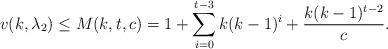
LaTeX: \begin{align*}v(k,\lambda_2) \leq M(k,t,c)=1+\sum_{i=0}^{t-3} k(k-1)^i+ \frac{k(k-1)^{t-2}}{c}. \end{align*}